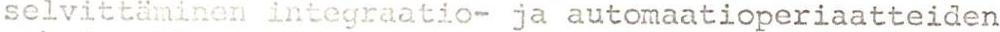
selvittäminen integraatio- ja automaatioperiaatteiden